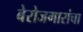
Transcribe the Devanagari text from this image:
बेरोजगारांचा